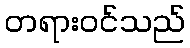
တရားဝင်သည်